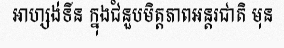
អាហ្សង់ទីន ក្នុងជំនួបមិត្តភាពអន្តរជាតិ មុន